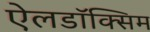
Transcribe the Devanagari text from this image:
ऐलडॉक्सिम